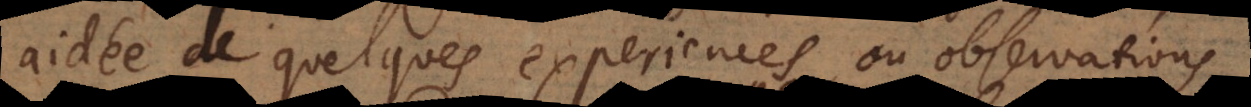
aidée de quelques experiences ou observations